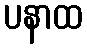
ပနာထ